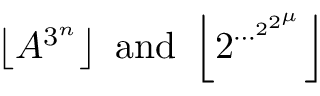
\left\lfloor A ^ { 3 ^ { n } } \right\rfloor { \mathrm { ~ a n d ~ } } \left\lfloor 2 ^ { \cdots ^ { 2 ^ { 2 ^ { \mu } } } } \right\rfloor